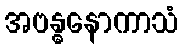
အဗန္ဓနောကာသံ